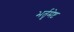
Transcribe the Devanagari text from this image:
भर्तृमेष्ट